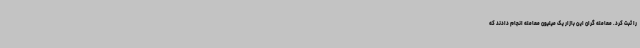
را ثبت کرد. معامله گران این بازار یک میلیون معامله انجام دادند که